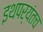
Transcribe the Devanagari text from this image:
इथपर्यंतच